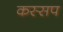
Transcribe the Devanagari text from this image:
कस्सप